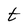
Character: t